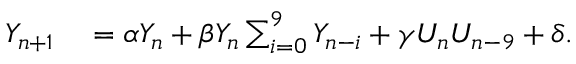
\begin{array} { r l } { Y _ { n + 1 } } & { { } = \alpha Y _ { n } + \beta Y _ { n } \sum _ { i = 0 } ^ { 9 } Y _ { n - i } + \gamma U _ { n } U _ { n - 9 } + \delta . } \end{array}